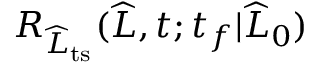
R _ { \widehat { L } _ { \mathrm { t s } } } ( \widehat { L } , t ; t _ { f } | \widehat { L } _ { 0 } )